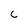
Character: C